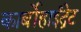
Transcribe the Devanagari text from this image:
कार्बोहाईद्रेट